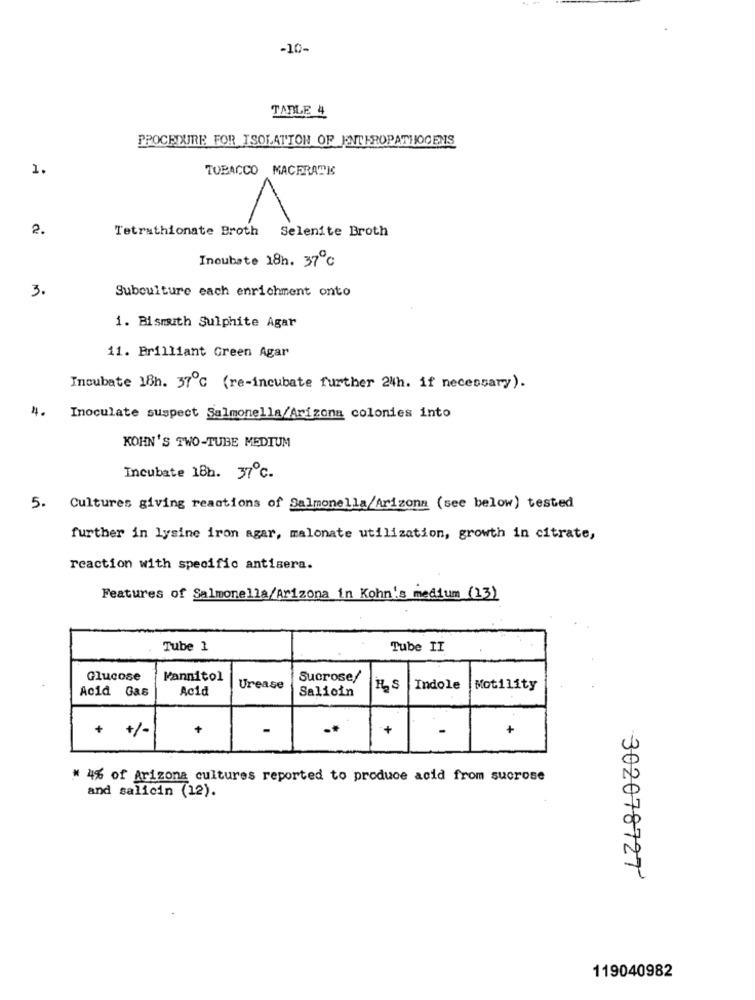
-10-
TABLE 4
PROCEDURE FOR ISOLATION OF ENTEROPATHOGENS
1.
TOBACCO MACERADE
1
2.
Tetrathionate Broth Selenite Broth
Inoubate 18h. 37℃
3.
Subculture each enrichment onto
1. Bismuth Sulphite Agar
11. Brilliant Green Agar
Incubate 18h. 37℃ (re-incubate further 24h. if necessary).
4.
Inoculate suspect Salmonella/Arizona colonies into
KOHN'S TWO-TUBE MEDIUM
Incubate 18h. 37℃.
5. Cultures giving reactions of Salmonella/Arizona (see below) tested
further in lysine iron agar, malonate utilization, growth in citrate,
reaction with specific antisera.
Features of Salmonella/Arizona in Kohn's medium (13)
Tube 1
Tube II
Glucose
Mannitol
Sucrose/
Acid
Urease
Salioin
ILS
Indole
Motility
Acid Gas
+
-
*+
+
+ +/-
* 4% of Arizona cultures reported to produce acid from sucrose
and salicin (12).
302078727
119040982